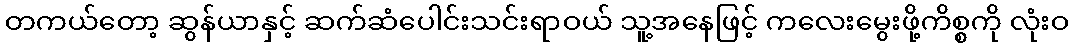
တကယ်တော့ ဆွန်ယာနှင့် ဆက်ဆံပေါင်းသင်းရာဝယ် သူ့အနေဖြင့် ကလေးမွေးဖို့ကိစ္စကို လုံးဝ